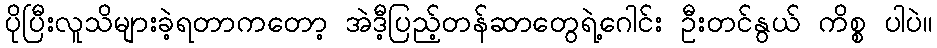
ပိုပြီးလူသိများခဲ့ရတာကတော့ အဲဒီ့ပြည့်တန်ဆာတွေရဲ့ဂေါင်း ဦးတင်နွယ် ကိစ္စ ပါပဲ။